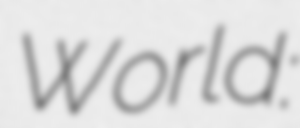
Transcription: World: